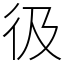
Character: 彶